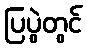
ပြပွဲတွင်